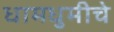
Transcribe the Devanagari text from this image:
धामधुमीचे